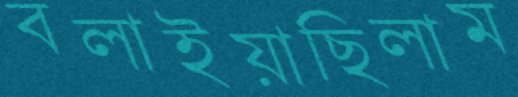
বলাইয়াছিলাম